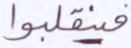
فينقلبوا